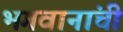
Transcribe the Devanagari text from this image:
भगवानांची